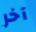
آخر